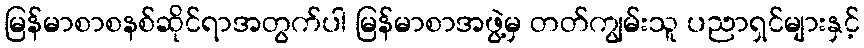
မြန်မာစာစနစ်ဆိုင်ရာအတွက်ပါ မြန်မာစာအဖွဲ့မှ တတ်ကျွမ်းသူ ပညာရှင်များနှင့်